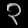
Digit: ၃